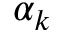
\alpha _ { k }